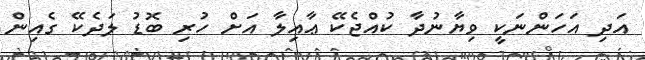
އަދި އަހަންނަކީ ވިޔާނުދާ ކުއްޖެކޭ ޢާއިލާ އަށް ހުރި ބޮޑު ލަދެކޭ ގެއިން